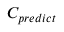
C _ { p r e d i c t }